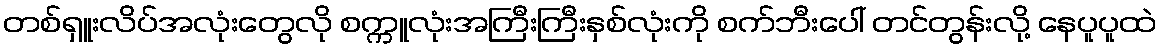
တစ်ရှူးလိပ်အလုံးတွေလို စက္ကူလုံးအကြီးကြီးနှစ်လုံးကို စက်ဘီးပေါ် တင်တွန်းလို့ နေပူပူထဲ